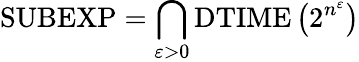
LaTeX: {\mathrm{SUBEXP}}=\bigcap_{\varepsilon>0}{\mathrm{DTIME}}\left(2^{n^{\varepsilon}}\right)